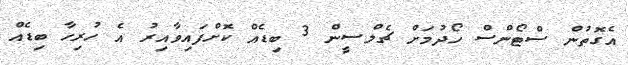
އެގޮތުން ސްޓޯންސް ހޯދުމަށް ޗެލްސީން 3 ބިޑެއް ކޮށްފައިވާއިރު އެ ހުރިހާ ބިޑެއް